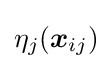
\eta _{j}({\boldsymbol {x}}_{ij})